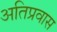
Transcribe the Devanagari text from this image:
अतिप्रवास